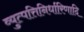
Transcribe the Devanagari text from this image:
व्युत्पत्तिनिर्धारिणादि